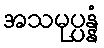
အသမုပ္ပန္နံ